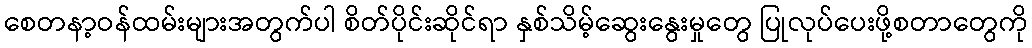
စေတနာ့ဝန်ထမ်းများအတွက်ပါ စိတ်ပိုင်းဆိုင်ရာ နှစ်သိမ့်ဆွေးနွေးမှုတွေ ပြုလုပ်ပေးဖို့စတာတွေကို